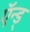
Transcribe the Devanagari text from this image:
ऍन्ड्